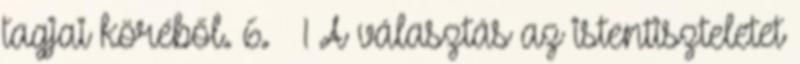
tagjai köréből. 6. § 1 A választás az istentiszteletet